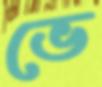
ভে